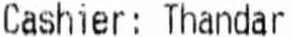
CASHIER: THANDAR